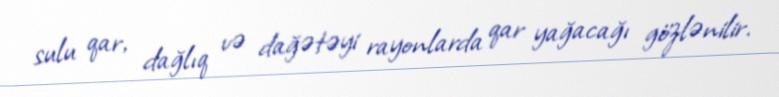
sulu qar, dağlıq və dağətəyi rayonlarda qar yağacağı gözlənilir.